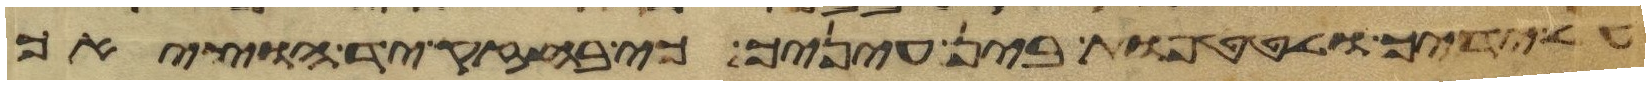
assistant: על ידיך ולטטפות בין עיניך כי בחזק יד הוציאך